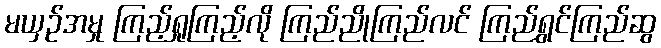
မယှဉ်အမှု ကြည့်ရှုကြည့်လို ကြည်ညိုကြည်လင် ကြည်ရွှင်ကြည်ဆွ